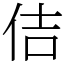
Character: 佶